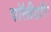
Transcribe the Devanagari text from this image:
पॉलीडॉर